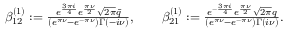
\begin{array} { r l } & { \beta _ { 1 2 } ^ { ( 1 ) } : = \frac { e ^ { \frac { 3 \pi i } { 4 } } e ^ { \frac { \pi \nu } { 2 } } \sqrt { 2 \pi } \bar { q } } { ( e ^ { \pi \nu } - e ^ { - \pi \nu } ) \Gamma ( - i \nu ) } , \qquad \beta _ { 2 1 } ^ { ( 1 ) } : = \frac { e ^ { - \frac { 3 \pi i } { 4 } } e ^ { \frac { \pi \nu } { 2 } } \sqrt { 2 \pi } q } { ( e ^ { \pi \nu } - e ^ { - \pi \nu } ) \Gamma ( i \nu ) } . } \end{array}